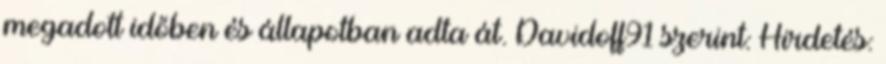
megadott időben és állapotban adta át. Davidoff91 szerint: Hirdetés: